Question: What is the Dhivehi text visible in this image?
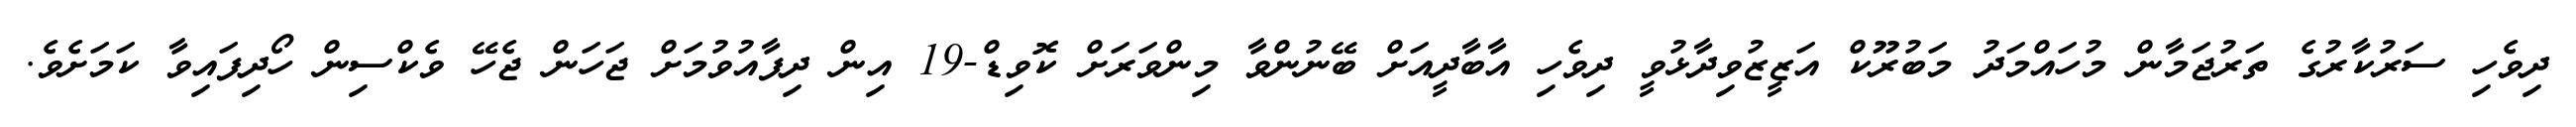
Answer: ދިވެހި ސަރުކާރުގެ ތަރުޖަމާން މުހައްމަދު މަބުރޫކް އަޒީޒުވިދާޅުވީ ދިވެހި އާބާދީއަށް ބޭނުންވާ މިންވަރަށް ކޮވިޑް-19 އިން ދިފާއުވުމަށް ޖަހަން ޖެހޭ ވެކްސިން ހޯދިފައިވާ ކަމަށެވެ.